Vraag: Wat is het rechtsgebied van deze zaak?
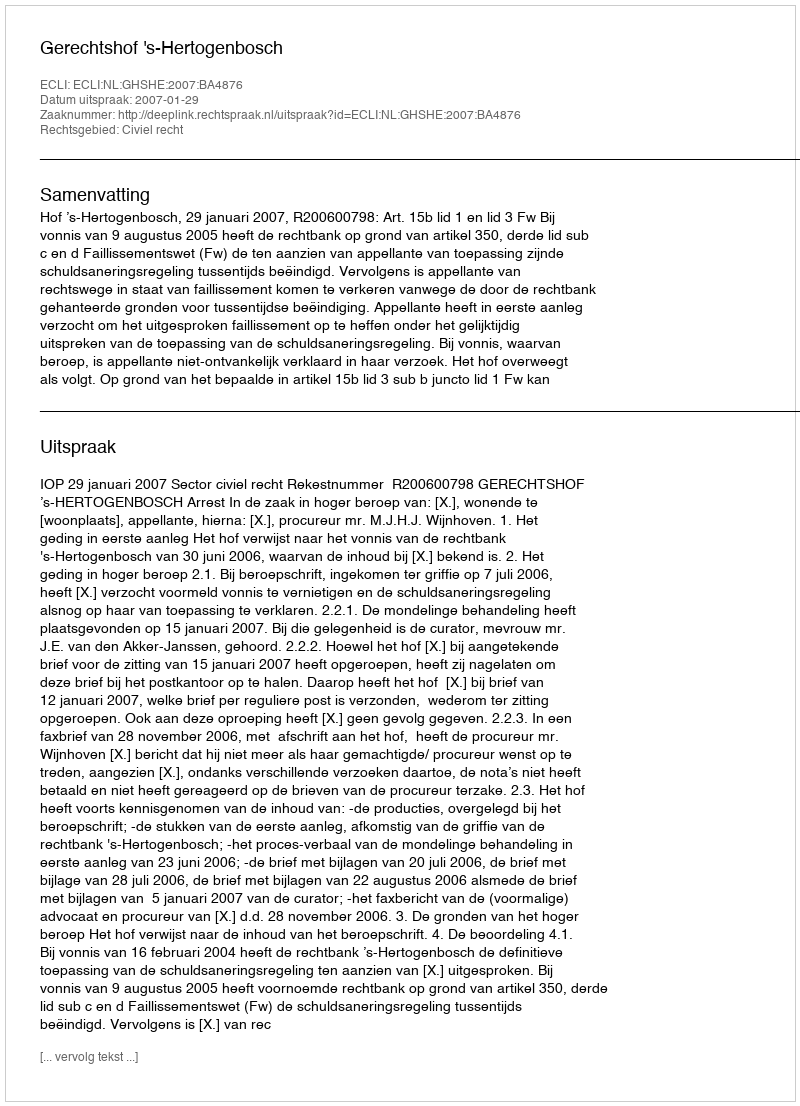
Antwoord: Civiel recht